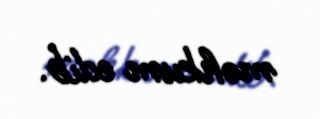
məhkum edib.